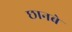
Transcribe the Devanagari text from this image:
छानबे